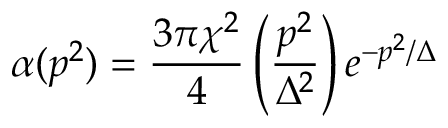
\alpha ( p ^ { 2 } ) = { \frac { 3 \pi \chi ^ { 2 } } { 4 } } \left( { \frac { p ^ { 2 } } { \Delta ^ { 2 } } } \right) e ^ { - p ^ { 2 } / \Delta }